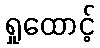
ရှုထောင့်